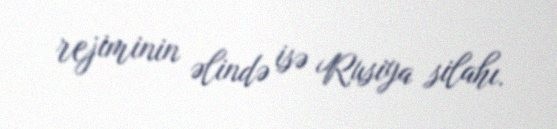
rejiminin əlində isə Rusiya silahı.